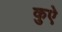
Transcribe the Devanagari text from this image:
कुऐ